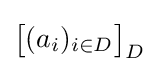
{\big [}(a_{i})_{i\in D}{\big ]}_{D}